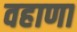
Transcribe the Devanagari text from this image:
वहाणा